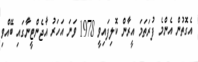
އެގޮތުން އެންމެ ފުރަތަމަ އީރާން ކޮލިފައިވީ 1978 ވަނަ އަހަރު އާޖެންޓީނާގައި ބޭއްވި